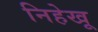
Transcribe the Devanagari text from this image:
निहेखू